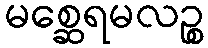
မစ္ဆေရမလဉ္စ